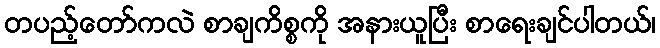
တပည့်တော်ကလဲ စာချကိစ္စကို အနားယူပြီး စာရေးချင်ပါတယ်၊